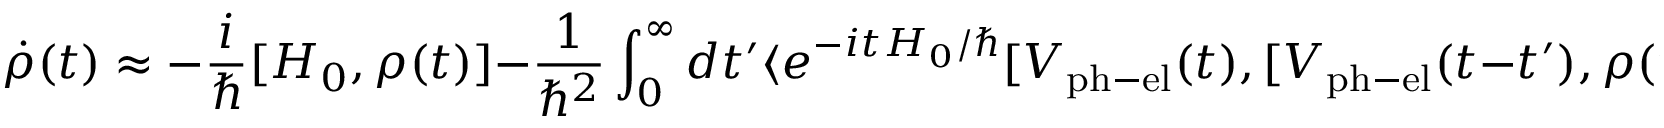
\dot { \rho } ( t ) \approx - \frac { i } { \hbar } [ H _ { 0 } , \rho ( t ) ] - \frac { 1 } { \hbar ^ { 2 } } \int _ { 0 } ^ { \infty } d t ^ { \prime } \langle e ^ { - i t H _ { 0 } / \hbar } [ V _ { \mathrm { p h - e l } } ( t ) , [ V _ { \mathrm { p h - e l } } ( t - t ^ { \prime } ) , \rho ( t ) \otimes | 0 \rangle \langle 0 | ] ] e ^ { i t H _ { 0 } / \hbar } \rangle \, ,